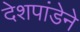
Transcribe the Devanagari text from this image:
देशपांडेने